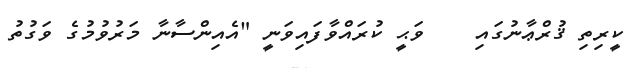
ކީރިތި ޤުރްޢާނުގައި    ވަޙީ ކުރައްވާފައިވަނީ "އެއިންސާނާ މަރުވުމުގެ ވަގުތު